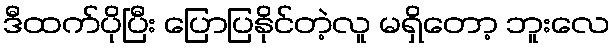
ဒီထက်ပိုပြီး ပြောပြနိုင်တဲ့လူ မရှိတော့ ဘူးလေ